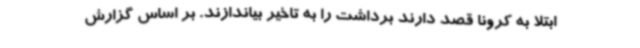
ابتلا به کرونا قصد دارند برداشت را به تاخیر بیاندازند. بر اساس گزارش